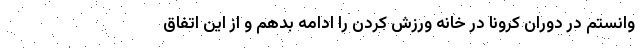
وانستم در دوران کرونا در خانه ورزش کردن را ادامه بدهم و از این اتفاق